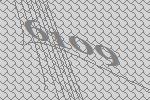
6109